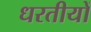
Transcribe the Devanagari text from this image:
धरतीयों